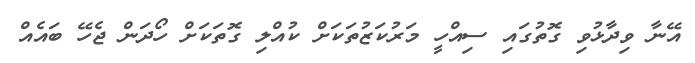
އޭނާ ވިދާޅުވި ގޮތުގައި ސިއްހީ މަރުކަޒުތަކަށް ކުއްލި ގޮތަކަށް ހޯދަން ޖެހޭ ބައެއް